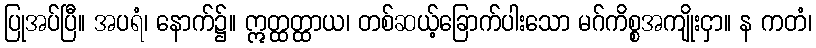
ပြုအပ်ပြီ။ အပရံ၊ နောက်၌။ ဣတ္ထတ္ထာယ၊ တစ်ဆယ့်ခြောက်ပါးသော မဂ်ကိစ္စအကျိုးငှာ။ န ကတံ၊